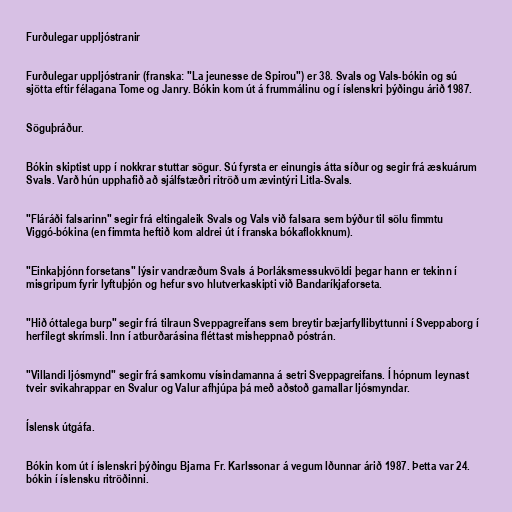
Furðulegar uppljóstranir

Furðulegar uppljóstranir (franska: "La jeunesse de Spirou") er 38. Svals og Vals-bókin og sú
sjötta eftir félagana Tome og Janry. Bókin kom út á frummálinu og í íslenskri þýðingu árið 1987.

Söguþráður.

Bókin skiptist upp í nokkrar stuttar sögur. Sú fyrsta er einungis átta síður og segir frá æskuárum
Svals. Varð hún upphafið að sjálfstæðri ritröð um ævintýri Litla-Svals.

"Fláráði falsarinn" segir frá eltingaleik Svals og Vals við falsara sem býður til sölu fimmtu
Viggó-bókina (en fimmta heftið kom aldrei út í franska bókaflokknum).

"Einkaþjónn forsetans" lýsir vandræðum Svals á Þorláksmessukvöldi þegar hann er tekinn í
misgripum fyrir lyftuþjón og hefur svo hlutverkaskipti við Bandaríkjaforseta.

"Hið óttalega burp" segir frá tilraun Sveppagreifans sem breytir bæjarfyllibyttunni í Sveppaborg í
herfilegt skrímsli. Inn í atburðarásina fléttast misheppnað póstrán.

"Villandi ljósmynd" segir frá samkomu vísindamanna á setri Sveppagreifans. Í hópnum leynast
tveir svikahrappar en Svalur og Valur afhjúpa þá með aðstoð gamallar ljósmyndar.

Íslensk útgáfa.

Bókin kom út í íslenskri þýðingu Bjarna Fr. Karlssonar á vegum Iðunnar árið 1987. Þetta var 24.
bókin í íslensku ritröðinni.